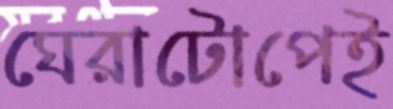
ঘেরাটোপেই